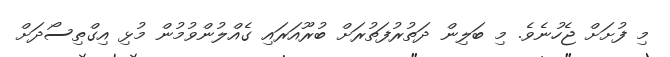
މި ފުށަށް ޖެހުނެވެ. މި ބަލިން ދަތުރުފަތުރަށް ބުރޫއަރައި ގެއްލުންވުމުން މުޅި އިގްތިސޯދަށް